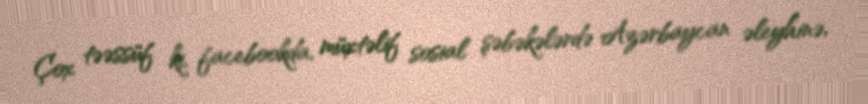
Çox təəssüf ki, facebookda, müxtəlif sosial şəbəkələrdə Azərbaycan əleyhinə,